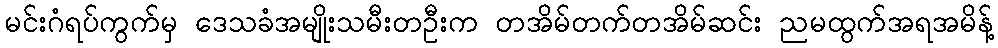
မင်းဂံရပ်ကွက်မှ ဒေသခံအမျိုးသမီးတဦးက တအိမ်တက်တအိမ်ဆင်း ညမထွက်အရအမိန့်